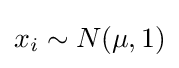
\textstyle x_{i}\sim N(\mu ,1)